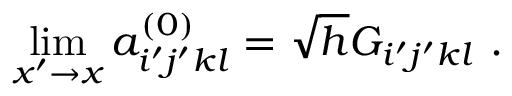
\operatorname * { l i m } _ { x ^ { \prime } \rightarrow x } a _ { i ^ { \prime } j ^ { \prime } k l } ^ { ( 0 ) } = \sqrt { h } G _ { i ^ { \prime } j ^ { \prime } k l } \ .